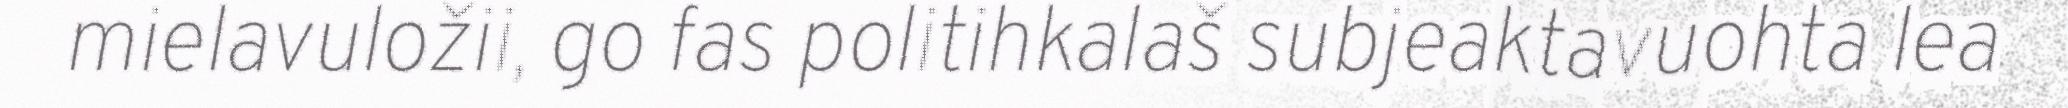
mielavuložii, go fas politihkalaš subjeaktavuohta lea